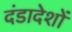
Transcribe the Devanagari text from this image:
दंडादेशों